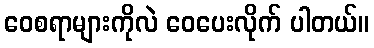
ဝေစရာများကိုလဲ ဝေပေးလိုက် ပါတယ်။